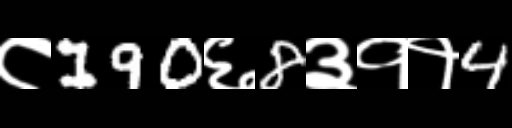
Text: ८190६8३११4